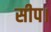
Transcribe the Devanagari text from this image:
सीप।